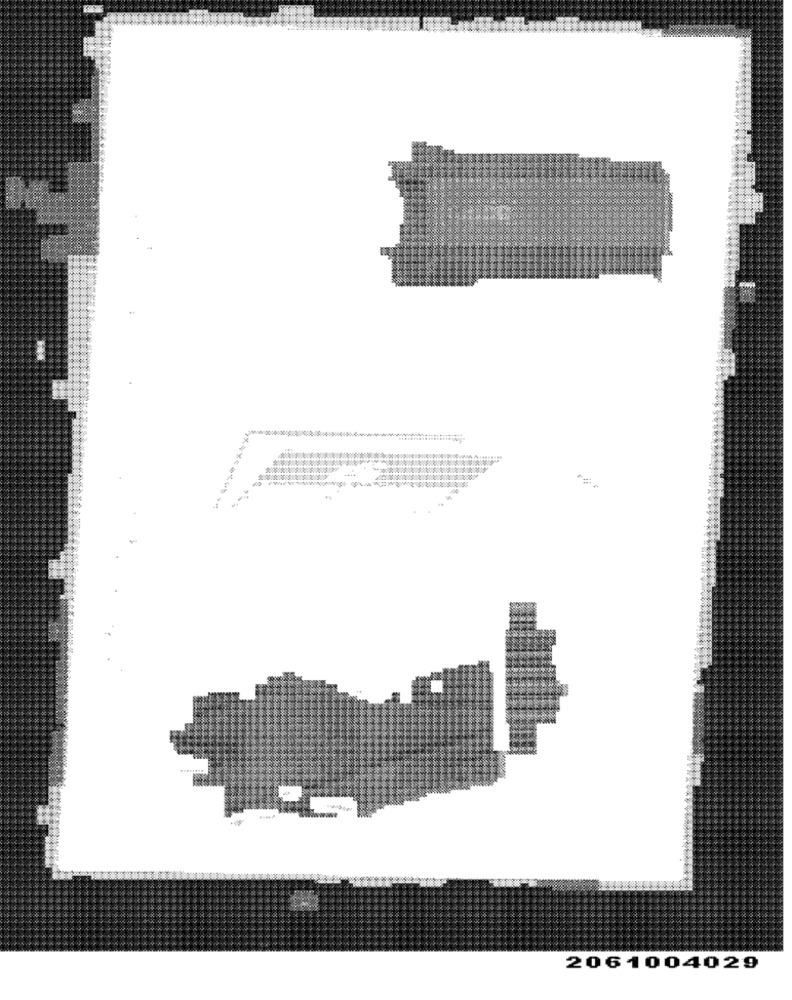
2061004029